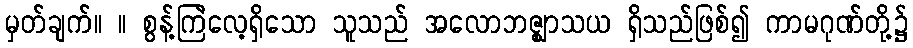
မှတ်ချက်။ ။ စွန့်ကြဲလေ့ရှိသော သူသည် အလောဘဇ္ဈာသယ ရှိသည်ဖြစ်၍ ကာမဂုဏ်တို့၌